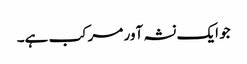
جو ایک نشہ آور مرکب ہے۔